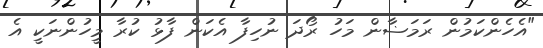
"އެހެންކަމުން ރަމަޟާން މަހު ރޯދަ ނުހިފާ އެކަން ފާޅު ކުރާ މީހުންނަކީ އެ